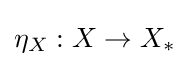
\eta _{X}:X\to X_{*}